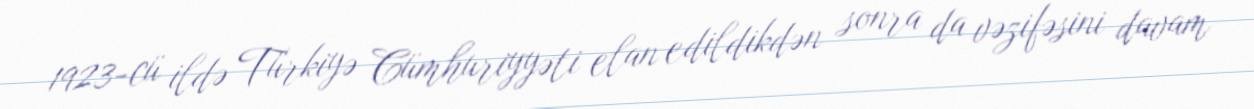
1923-cü ildə Türkiyə Cümhuriyyəti elan edildikdən sonra da vəzifəsini davam